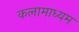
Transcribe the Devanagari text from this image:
कलामाध्यम